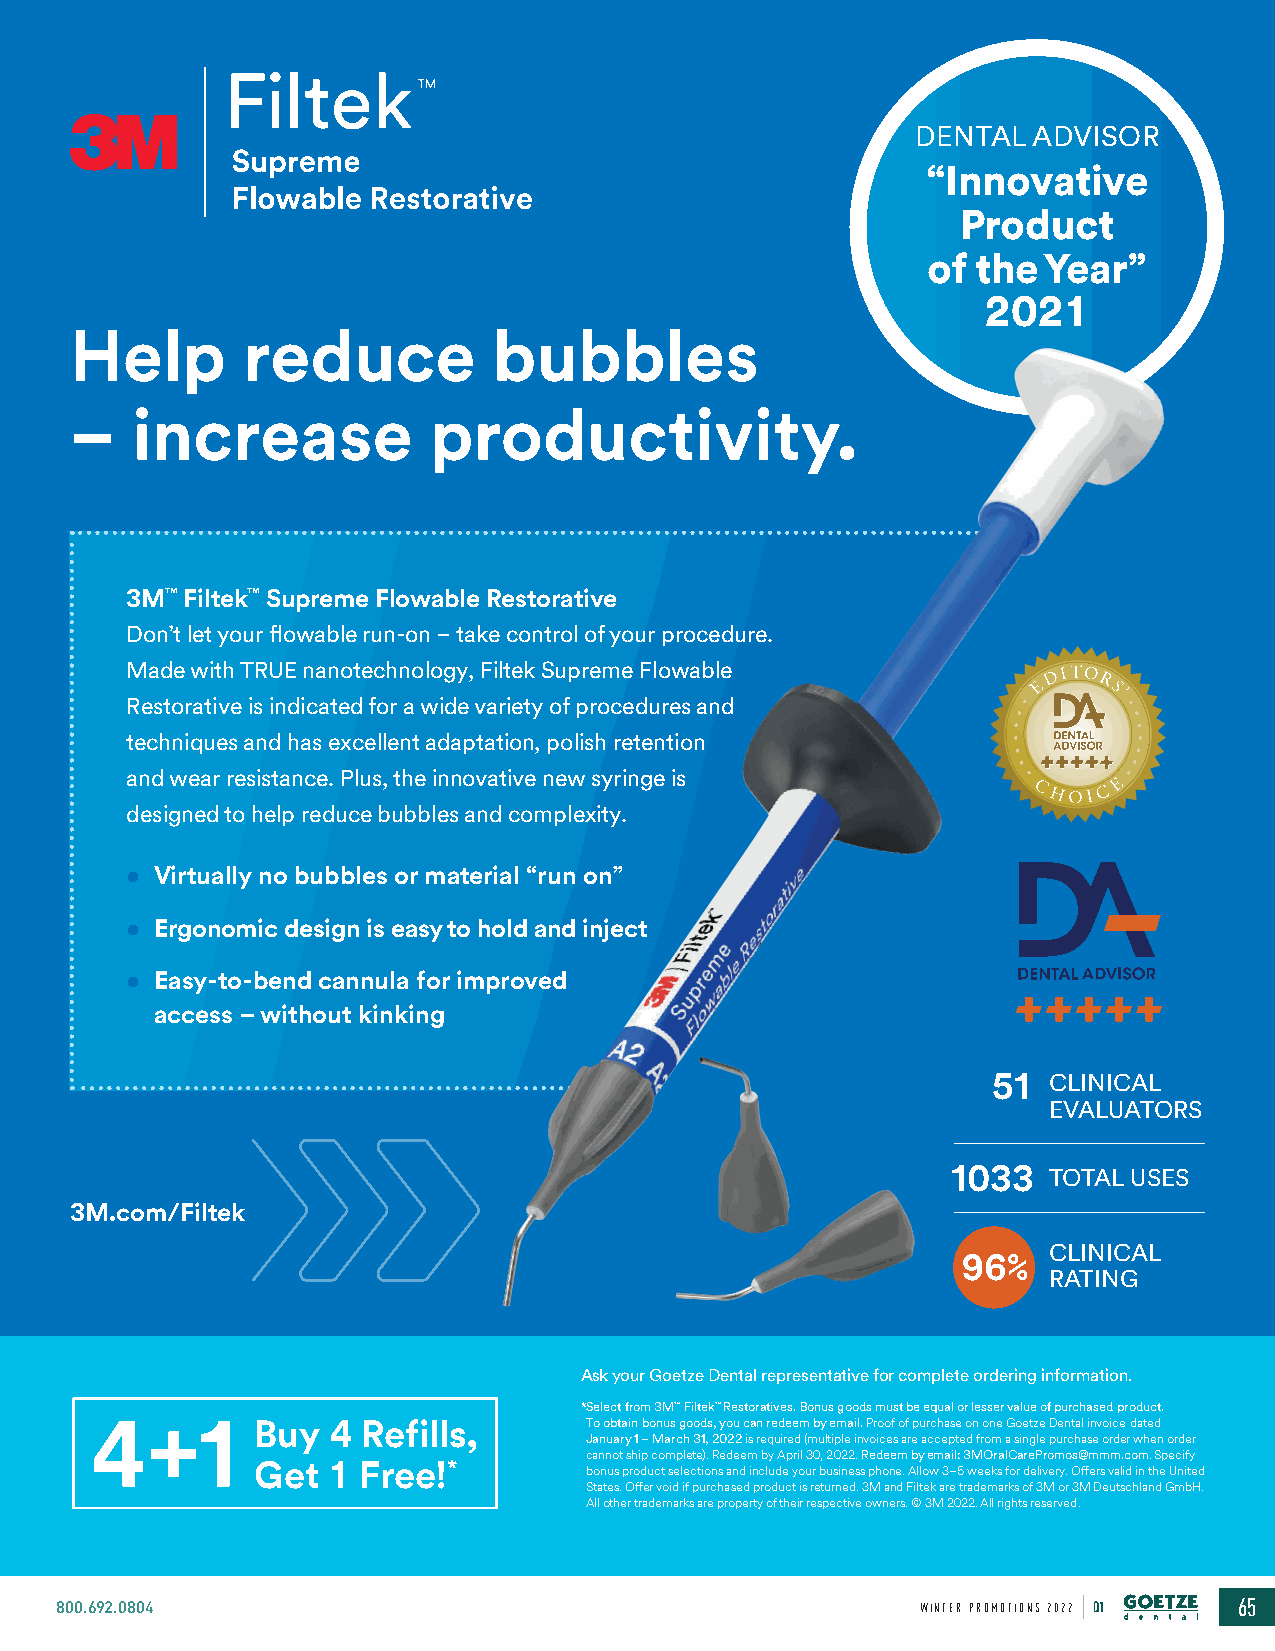
DENTAL  ADVISOR
 “Innovative
 Product
 of the Year”
 2021
 Help       reduce           bubbles
 –   increase            productivity.
 3M™ Filtek™ Supreme Flowable Restorative
 Don’t let your flowable run-on – take control of your procedure.
 Made with TRUE nanotechnology, Filtek Supreme Flowable
 Restorative is indicated for a wide variety of procedures and
 techniques and has excellent adaptation, polish retention
 and wear resistance. Plus, the innovative new syringe is
 designed to help reduce bubbles and complexity.
 • Virtually no bubbles or material “run on”
 • Ergonomic design is easy to hold and inject
 • Easy-to-bend cannula for improved
 access – without kinking
 51  CLINICAL
 EVALUATORS
 1033   TOTAL USES
 3M.com/Filtek
 CLINICAL
 96%
 RATING
 Ask your Goetze Dental representative for complete ordering information.
 * Select from 3M™ Filtek™ Restoratives. Bonus goods must be equal or lesser value of purchased product.
 4+1        Buy  4 Refills,       To obtain bonus goods, you can redeem by email. Proof of purchase on one Goetze Dental invoice dated
 January 1 – March 31, 2022 is required (multiple invoices are accepted from a single purchase order when order
 cannot ship complete). Redeem by April 30, 2022. Redeem by email: 3MOralCarePromos@mmm.com. Specify
 Get  1 Free!*         bonus product selections and include your business phone. Allow 3–5 weeks for delivery. Offers valid in the United
 States. Offer void if purchased product is returned. 3M and Filtek are trademarks of 3M or 3M Deutschland GmbH.
 All other trademarks are property of their respective owners. © 3M 2022. All rights reserved.
 800.692.0804                                             WINTER PROMOTIONS 2022 Q1 65